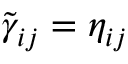
\tilde { \gamma } _ { i j } = \eta _ { i j }